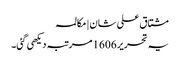
مشتاق علی شان | مکالمہ
یہ تحریر 1606 مرتبہ دیکھی گئی۔